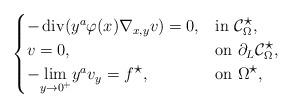
LaTeX: \begin{align*}\begin{cases}-\operatorname{div}(y^a\varphi(x)\nabla_{x,y}v)=0, &\hbox{in}~\mathcal{C}_{\Omega}^{\displaystyle\star},\\v=0,&\hbox{on}~\partial_{L}\mathcal{C}_{\Omega}^{\displaystyle\star},\\-\underset{y\rightarrow0^{+}}{\lim}y^av_y=f^{\displaystyle\star},&\hbox{on}~\Omega^{\displaystyle\star},\end{cases}\end{align*}